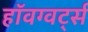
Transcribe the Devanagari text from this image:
हॉवग्वर्ट्स